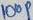
Text: 100P